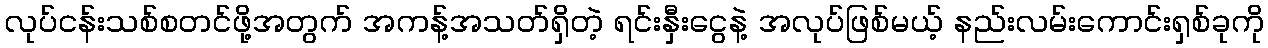
လုပ်ငန်းသစ်စတင်ဖို့အတွက် အကန့်အသတ်ရှိတဲ့ ရင်းနှီးငွေနဲ့ အလုပ်ဖြစ်မယ့် နည်းလမ်းကောင်းရှစ်ခုကို